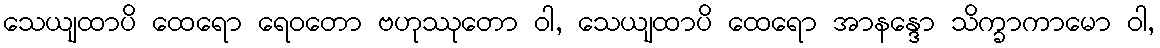
သေယျထာပိ ထေရော ရေဝတော ဗဟုဿုတော ဝါ, သေယျထာပိ ထေရော အာနန္ဒော သိက္ခာကာမော ဝါ,